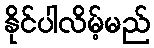
နိုင်ပါလိမ့်မည်